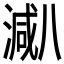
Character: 𱨐